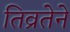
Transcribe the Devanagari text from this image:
तिव्रतेने